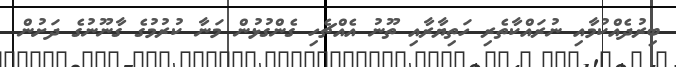
ބިރުދެއްކުމާއި ނުރައްކާތެރި ހަތިޔާރާއި ތޫނު އެއްޗެހި ގެންގުޅުން މަނާ ކުރުމުގެ ގާނޫނުގެ ދަށުން